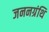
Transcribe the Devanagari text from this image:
जननग्रंथि